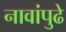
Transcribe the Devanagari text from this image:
नावांपुढे